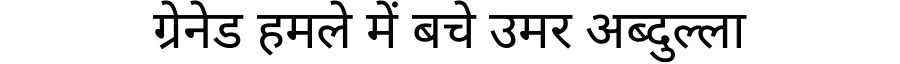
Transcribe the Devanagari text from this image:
ग्रेनेड हमले में बचे उमर अब्दुल्ला